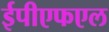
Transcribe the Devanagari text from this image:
ईपीएफएल